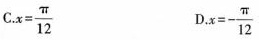
C.$$x = \frac { π } { 1 2 }$$ D.x = - \frac { π } { 1 2 }$$